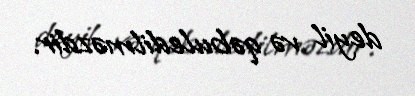
deyil və qəbuledilməzdir.